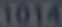
not4